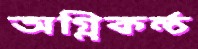
অগ্নিকন্ঠ